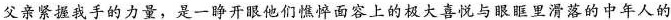
父亲紧握我手的力量，是一睁开眼他们憔悴面容上的极大喜悦与眼眶里滑落的中年人的